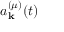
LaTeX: a _ { \mathbf { k } } ^ { ( \mu ) } ( t )